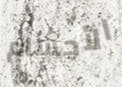
الأجسام